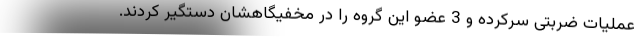
عملیات ضربتی سرکرده و 3 عضو این گروه را در مخفیگاهشان دستگیر کردند.